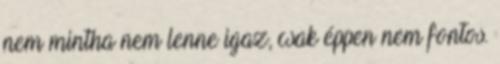
nem mintha nem lenne igaz, csak éppen nem fontos.